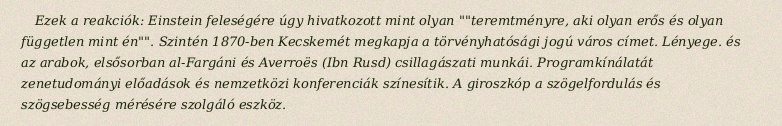
Ezek a reakciók: Einstein feleségére úgy hivatkozott mint olyan ""teremtményre, aki olyan erős és olyan független mint én"". Szintén 1870-ben Kecskemét megkapja a törvényhatósági jogú város címet. Lényege. és az arabok, elsősorban al-Fargáni és Averroës (Ibn Rusd) csillagászati munkái. Programkínálatát zenetudományi előadások és nemzetközi konferenciák színesítik. A giroszkóp a szögelfordulás és szögsebesség mérésére szolgáló eszköz.